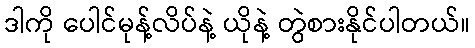
ဒါကို ပေါင်မုန့်လိပ်နဲ့ ယိုနဲ့ တွဲစားနိုင်ပါတယ်။